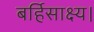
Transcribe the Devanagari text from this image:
बर्हिसाक्ष्य।